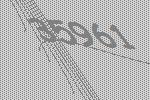
35961